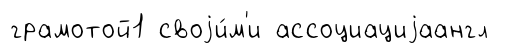
грамотой1 своjи́м'и ассоциациjаангл